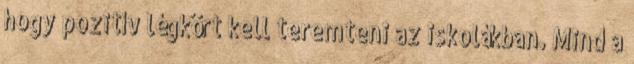
hogy pozitív légkört kell teremteni az iskolákban. Mind a